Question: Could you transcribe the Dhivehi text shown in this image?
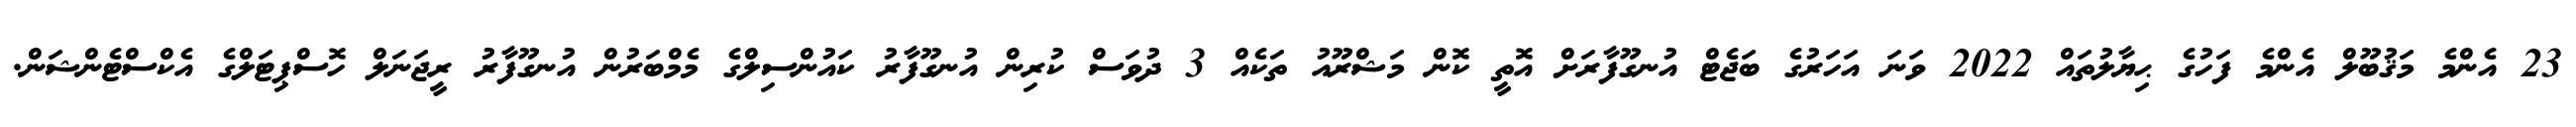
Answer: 23 އެންމެ މަޤުބޫލް އެންމެ ފަހުގެ ޙިޔާލުތައް 2022 ވަނަ އަހަރުގެ ބަޖެޓް އުނގޫފާރަށް އޮތީ ކޮން މަޝްރޫއު ތަކެއް 3 ދުވަސް ކުރިން އުނގޫފާރު ކައުންސިލްގެ މެމްބަރުން އުނގޫފާރު ރީޖަނަލް ހޮސްޕިޓަލްގެ އެކްސްޓެންޝަން.